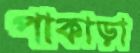
পাকাড়া